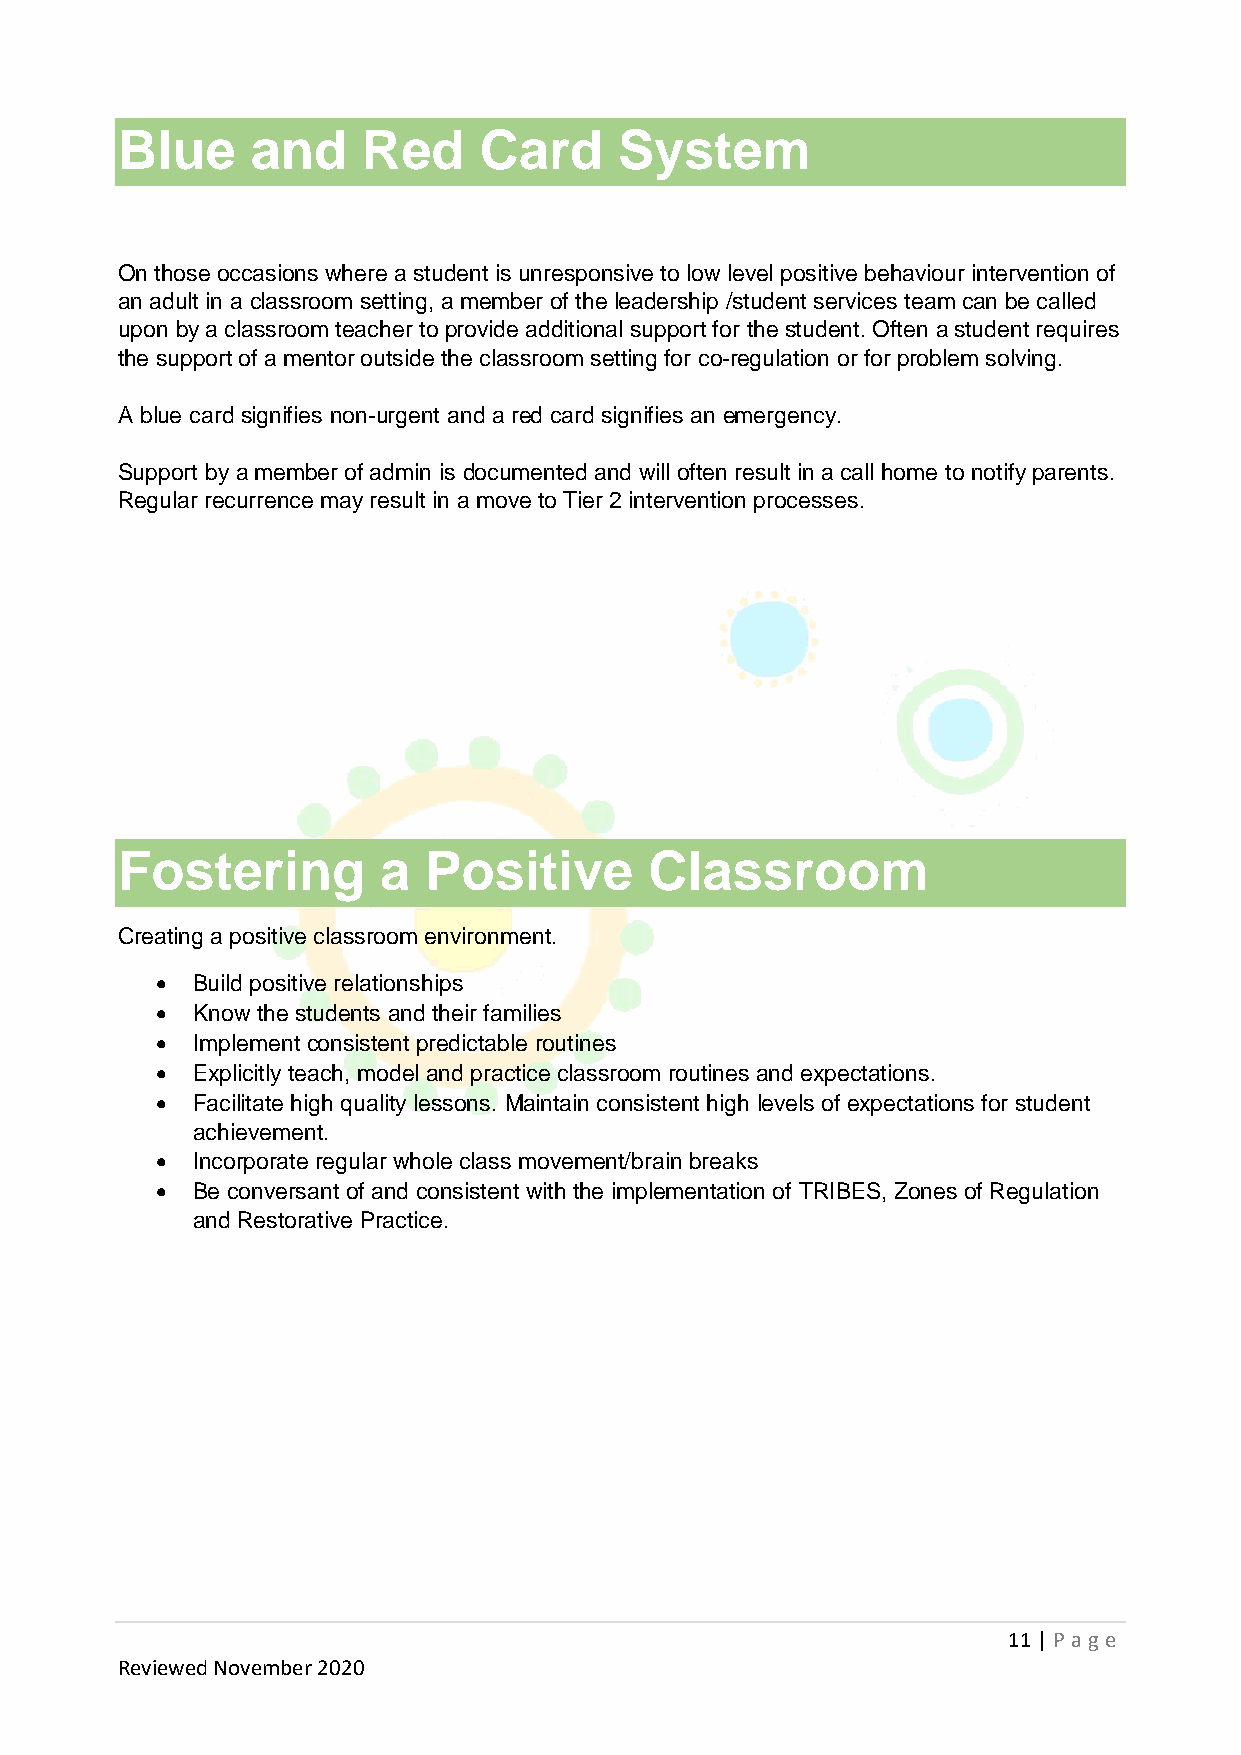
Blue     and    Red     Card     System
 On those occasions where a student is unresponsive to low level positive behaviour intervention of
 an adult in a classroom setting, a member of the leadership /student services team can be called
 upon by a classroom teacher to provide additional support for the student. Often a student requires
 the support of a mentor outside the classroom setting for co-regulation or for problem solving.
 A blue card signifies non-urgent and a red card signifies an emergency.
 Support by a member of admin is documented and will often result in a call home to notify parents.
 Regular recurrence may result in a move to Tier 2 intervention processes.
 Fostering        a  Positive       Classroom
 Creating a positive classroom environment.
 •  Build positive relationships
 •  Know the students and their families
 •  Implement consistent predictable routines
 •  Explicitly teach, model and practice classroom routines and expectations.
 •  Facilitate high quality lessons. Maintain consistent high levels of expectations for student
 achievement.
 •  Incorporate regular whole class movement/brain breaks
 •  Be conversant of and consistent with the implementation of TRIBES, Zones of Regulation
 and Restorative Practice.
 11 | P age
 Reviewed November 2020